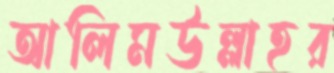
আলিমউল্লাহর